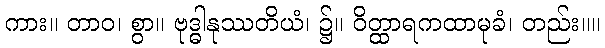
ကား။ တာဝ၊ စွာ။ ဗုဒ္ဓါနုဿတိယံ၊ ၌။ ဝိတ္ထာရကထာမုခံ၊ တည်း။။